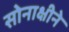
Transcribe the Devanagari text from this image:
सोनाक्षीने